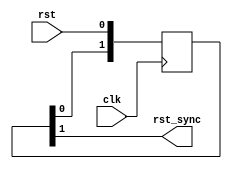
/*  This file is part of JT_FRAME.
    JTFRAME program is free software: you can redistribute it and/or modify
    it under the terms of the GNU General Public License as published by
    the Free Software Foundation, either version 3 of the License, or
    (at your option) any later version.

    JTFRAME program is distributed in the hope that it will be useful,
    but WITHOUT ANY WARRANTY; without even the implied warranty of
    MERCHANTABILITY or FITNESS FOR A PARTICULAR PURPOSE.  See the
    GNU General Public License for more details.

    You should have received a copy of the GNU General Public License
    along with JTFRAME.  If not, see <http://www.gnu.org/licenses/>.

    Author: Jose Tejada Gomez. Twitter: @topapate
    Version: 1.0
    Date: 6-9-2021 */

module jtframe_rst_sync(
    input   rst,
    input   clk,
    output  rst_sync
);

reg [1:0] s;

assign rst_sync = s[1];

always @(negedge clk) begin
    s <= { s[0], rst };
end

endmodule